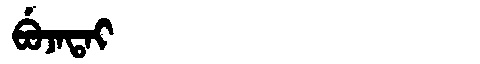
Manchu: ᠪᡠᠵᠠᡨᠠᡳ
Romanization: BUJATAI